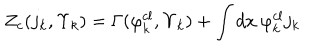
LaTeX: Z _ { c } ( j _ { k } , \Upsilon _ { k } ) = \Gamma ( \varphi _ { k } ^ { c l } , \Upsilon _ { k } ) + \int d x \: \varphi _ { k } ^ { c l } j _ { k }